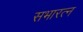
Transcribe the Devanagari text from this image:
सभारत्न